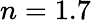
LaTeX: n=1.7